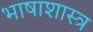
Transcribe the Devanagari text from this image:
भाषाशास्‍त्र